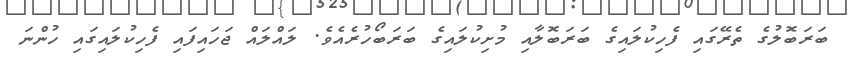
ބަރަބޮލުގެ ތެރޭގައި ފެހިކުލައިގެ ބަރަބޮލާއި މުށިކުލައިގެ ބަރަބޯހުރެއެވެ. ލައްލައް ޖަހައިފައި ފެހިކުލައިގައި ހުންނަ